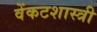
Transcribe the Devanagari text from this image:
वेंकटशास्त्री